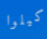
كيلوا